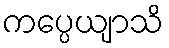
ကပ္ပေယျာသိ